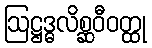
ဩဋ္ဌဒ္ဓလိစ္ဆဝီဝတ္ထု